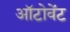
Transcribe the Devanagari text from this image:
ऑटोवेंट